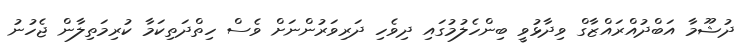
ދުޝޫމާ އަބްދުއްރައްޒާގް ވިދާޅުވީ ބިންހެލުމުގައި ދިވެހި ދަރިވަރުންނަށް ވެސް ހިތްދަތިކަމާ ކުރިމަތިލާން ޖެހުނު